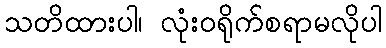
သတိထားပါ၊ လုံးဝရိုက်စရာမလိုပါ